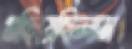
গুছিয়েছিলাম